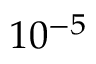
1 0 ^ { - 5 }